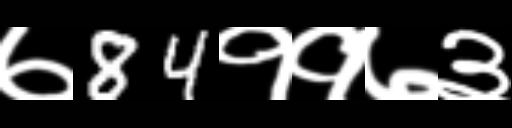
Text: ७84११७३